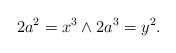
LaTeX: \begin{align*}2a^2=x^3 \wedge 2a^3=y^2.\end{align*}